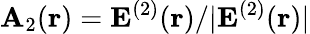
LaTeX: {\mathbf A}_{2}({\mathbf r})={\mathbf E}^{(2)}({\mathbf r})/|{\mathbf E}^{(2)}({\mathbf r})|